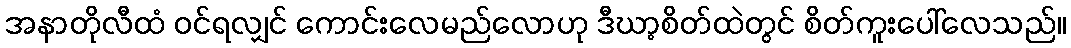
အနာတိုလီထံ ဝင်ရလျှင် ကောင်းလေမည်လောဟု ဒီဃာ့စိတ်ထဲတွင် စိတ်ကူးပေါ်လေသည်။